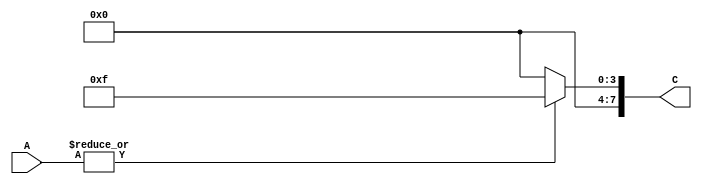
module atLeast1(A ,C);
	input [7:0] A;
	output reg [7:0] C;

always@(A)
	begin
		if(|A)
			C = 8'b0001111;
		else
			C = 8'b0000000;
	end
		
endmodule